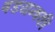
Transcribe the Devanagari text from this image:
षडयन्त्रकी